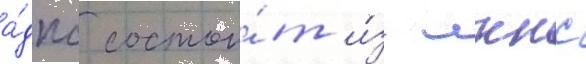
а́дпс состои́т и́з лккс